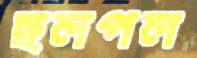
ছলপল